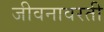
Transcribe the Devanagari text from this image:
जीवनावरती